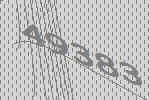
49383